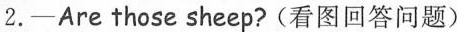
2.——Are those sheep?(看图回答问题)